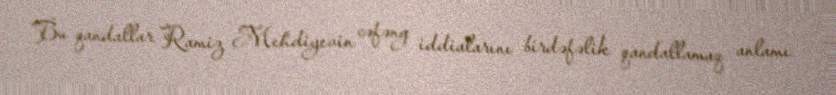
Bu qandallar Ramiz Mehdiyevin cəfəng iddialarını birdəfəlik qandallamaq anlamı